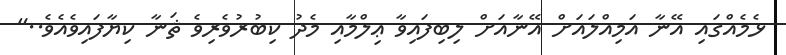
ޅެމެއްގައި އޭނާ އަމިއްލައަށް އޭނާއަށް ލިބިފައިވާ ޢިލްމާއި މެދު ކިބުރުވެރިވެ ޘަނާ ކިޔާފައިވެއެވެ.."